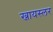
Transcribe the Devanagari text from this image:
ख्रायस्लर